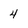
Character: 4